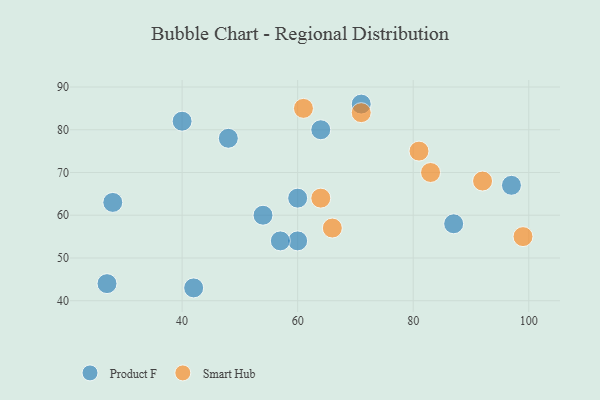
{"axis": {"x": "GDP", "y": "Life Expectancy"}, "legend": ["Product F", "Smart Hub"], "data": [{"x": "27", "y": 44, "type": "Product F"}, {"x": "28", "y": 63, "type": "Product F"}, {"x": "64", "y": 80, "type": "Product F"}, {"x": "71", "y": 86, "type": "Product F"}, {"x": "40", "y": 82, "type": "Product F"}, {"x": "60", "y": 64, "type": "Product F"}, {"x": "60", "y": 54, "type": "Product F"}, {"x": "57", "y": 54, "type": "Product F"}, {"x": "48", "y": 78, "type": "Product F"}, {"x": "54", "y": 60, "type": "Product F"}, {"x": "42", "y": 43, "type": "Product F"}, {"x": "87", "y": 58, "type": "Product F"}, {"x": "97", "y": 67, "type": "Product F"}, {"x": "71", "y": 84, "type": "Smart Hub"}, {"x": "81", "y": 75, "type": "Smart Hub"}, {"x": "83", "y": 70, "type": "Smart Hub"}, {"x": "64", "y": 64, "type": "Smart Hub"}, {"x": "99", "y": 55, "type": "Smart Hub"}, {"x": "61", "y": 85, "type": "Smart Hub"}, {"x": "92", "y": 68, "type": "Smart Hub"}, {"x": "66", "y": 57, "type": "Smart Hub"}]}